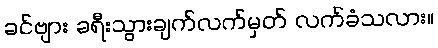
ခင်ဗျား ခရီးသွားချက်လက်မှတ် လက်ခံသလား။